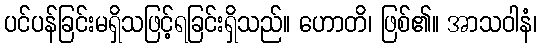
ပင်ပန်ခြင်းမရှိသဖြင့်ရခြင်းရှိသည်။ ဟောတိ၊ ဖြစ်၏။ အာသဝါနံ၊